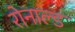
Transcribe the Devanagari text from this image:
रोनाल्‍ड